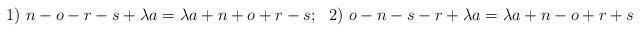
LaTeX: \begin{align*}1)\ n-o-r-s+\lambda a=\lambda a+n+o+r-s;\ \ 2)\ o-n-s-r+\lambda a=\lambda a+n-o+r+s\end{align*}